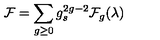
{ \cal F } = \sum _ { g \geq 0 } g _ { s } ^ { 2 g - 2 } { \cal F } _ { g } ( \lambda )